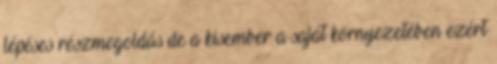
lépéses részmegoldás de a kisember a saját környezetében ezért